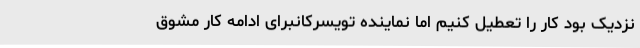
نزدیک بود کار را تعطیل کنیم اما نماینده تویسرکانبرای ادامه کار مشوق